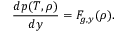
\frac { d p ( T , \rho ) } { d y } = F _ { g , y } ( \rho ) .